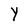
Character: Y